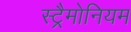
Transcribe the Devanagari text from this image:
स्ट्रैमोनियम